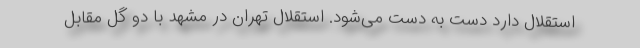
استقلال دارد دست به دست می‌شود. استقلال تهران در مشهد با دو گل مقابل